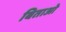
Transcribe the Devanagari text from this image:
बिताओ